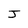
Character: J